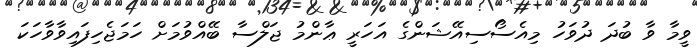
ވީމާ ވާ ބުދަ ދުވަހު މިއެސޯސިއޭޝަންގެ އަހަރީ ޢާންމު ޖަލްސާ ބޭއްވުމަށް ހަމަޖެހިފައިވާވާހަކަ